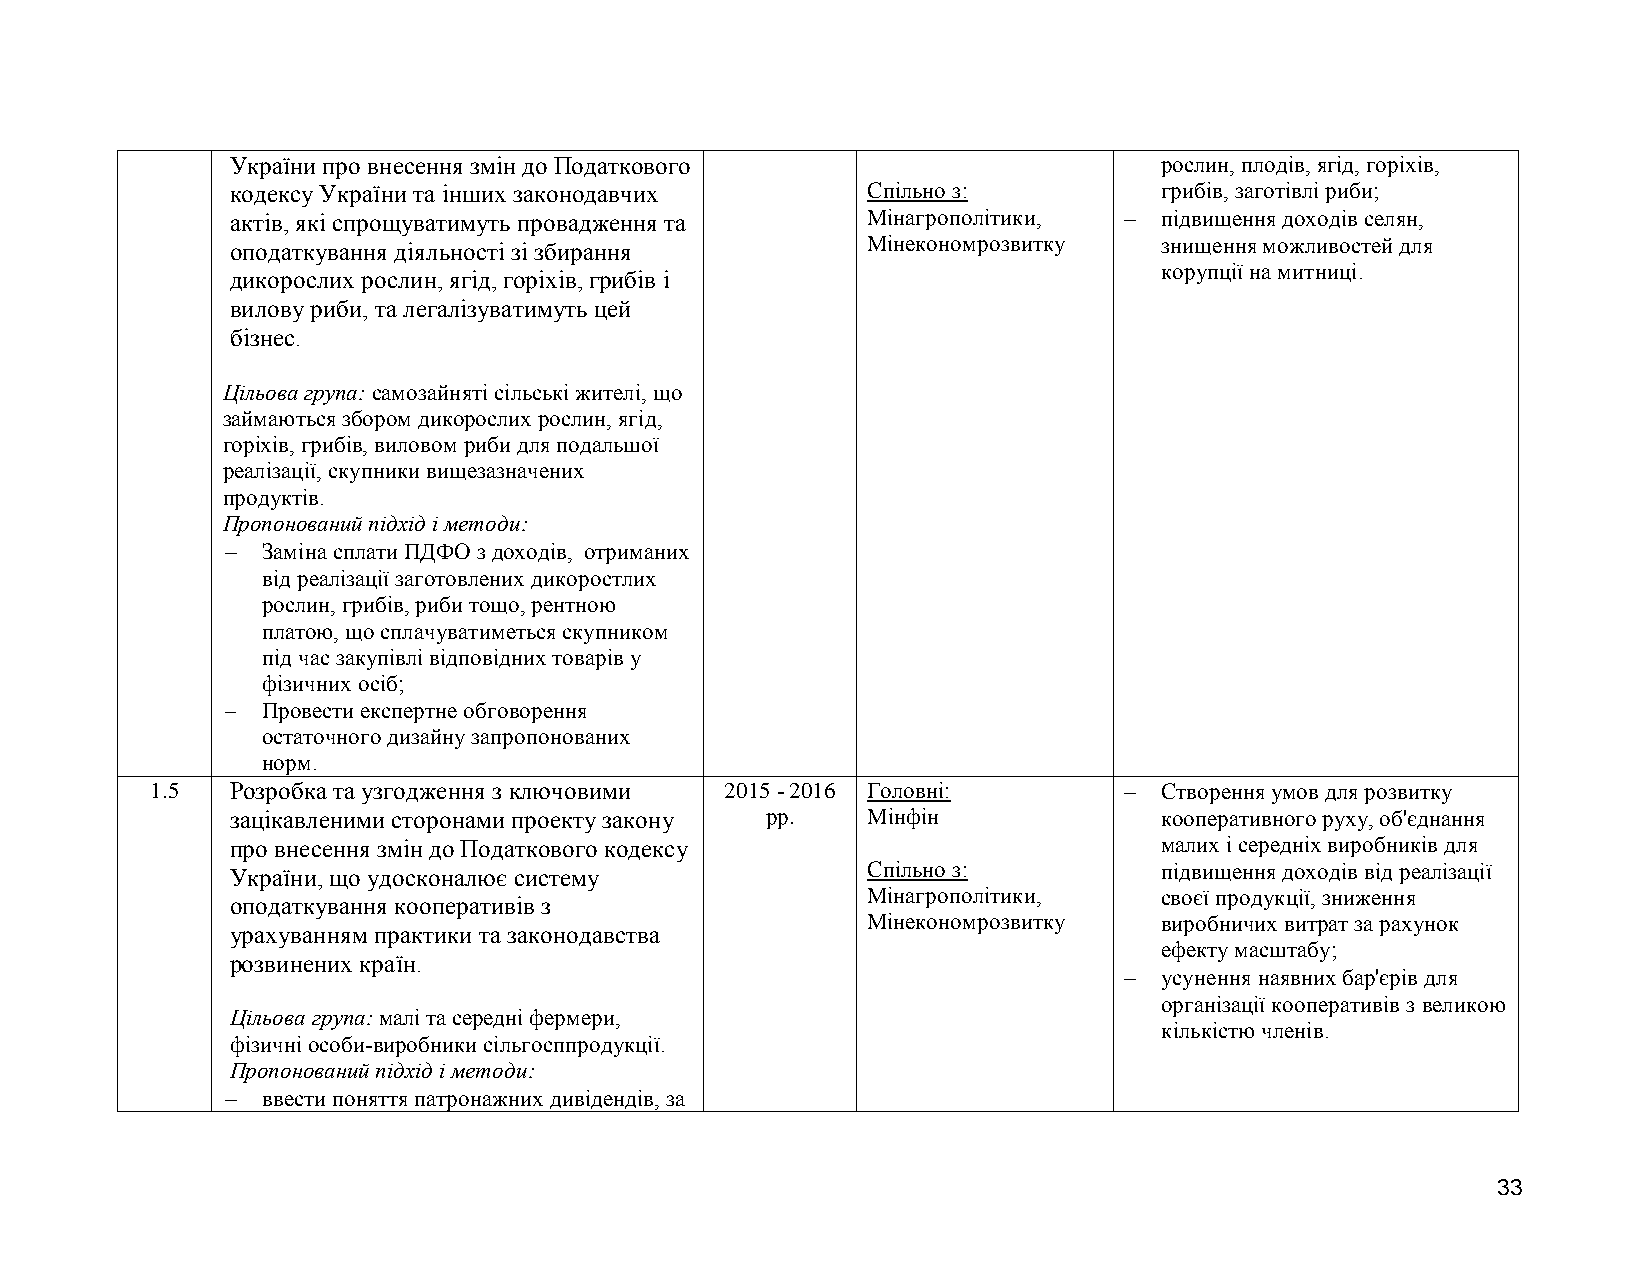
України про внесення змін до Податкового                      рослин, плодів, ягід, горіхів,
 кодексу України та інших законодавчих     Спільно з:          грибів, заготівлі риби;
 актів, які спрощуватимуть провадження та  Мінагрополітики,   підвищення доходів селян,
 оподаткування діяльності зі збирання      Мінекономрозвитку   знищення можливостей для
 корупції на митниці.
 дикорослих рослин, ягід, горіхів, грибів і
 вилову риби, та легалізуватимуть цей
 бізнес.
 Цільова група: самозайняті сільські жителі, що
 займаються збором дикорослих рослин, ягід,
 горіхів, грибів, виловом риби для подальшої
 реалізації, скупники вищезазначених
 продуктів.
 Пропонований підхід і методи:
  Заміна сплати ПДФО з доходів, отриманих
 від реалізації заготовлених дикоростлих
 рослин, грибів, риби тощо, рентною
 платою, що сплачуватиметься скупником
 під час закупівлі відповідних товарів у
 фізичних осіб;
  Провести експертне обговорення
 остаточного дизайну запропонованих
 норм.
 1.5  Розробка та узгодження з ключовими 2015 - 2016 Головні:      Створення умов для розвитку
 зацікавленими сторонами проекту закону рр. Мінфін             кооперативного руху, об'єднання
 про внесення змін до Податкового кодексу                      малих і середніх виробників для
 України, що удосконалює систему           Спільно з:          підвищення доходів від реалізації
 Мінагрополітики,    своєї продукції, зниження
 оподаткування кооперативів з
 Мінекономрозвитку   виробничих витрат за рахунок
 урахуванням практики та законодавства
 ефекту масштабу;
 розвинених країн.
   усунення наявних бар'єрів для
 організації кооперативів з великою
 Цільова група: малі та середні фермери,
 кількістю членів.
 фізичні особи-виробники сільгосппродукції.
 Пропонований підхід і методи:
  ввести поняття патронажних дивідендів, за
 33